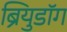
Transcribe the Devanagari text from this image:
ब्रियुडॉग